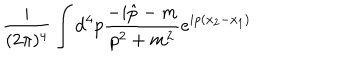
\frac { i } { ( 2 \pi ) ^ { 4 } } \int { \mathrm d } ^ { 4 } p \frac { - i \hat { p } - m } { p ^ { 2 } + m ^ { 2 } } e ^ { i p ( x _ { 2 } - x _ { 1 } ) }